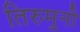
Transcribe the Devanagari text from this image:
तिरुमुनी